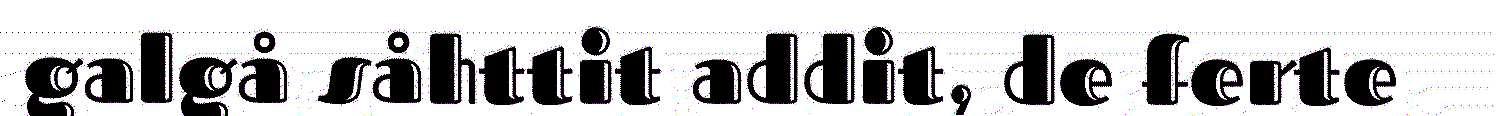
galgå såhttit addit, de ferte